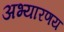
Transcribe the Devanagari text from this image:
अभ्यारणय